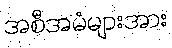
အစီအမံများအား